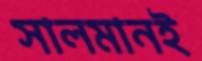
সালমানই